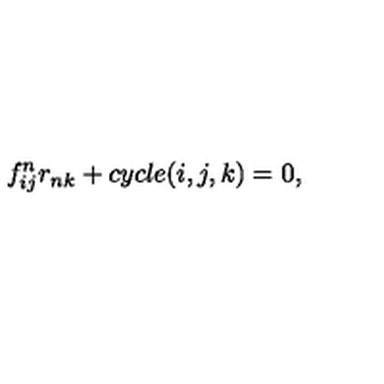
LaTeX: f _ { i j } ^ { n } r _ { n k } + c y c l e ( i , j , k ) = 0 ,